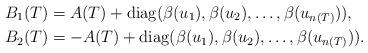
LaTeX: \begin{align*} B_1(T) &= A(T) + \mathrm{diag}(\beta(u_1), \beta(u_2), \ldots, \beta(u_{n(T)})) ,\\ B_2(T) &= -A(T) + \mathrm{diag}(\beta(u_1), \beta(u_2), \ldots, \beta(u_{n(T)})) .\end{align*}